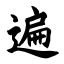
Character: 遍